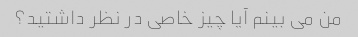
من می بینم آیا چیز خاصی در نظر داشتید؟